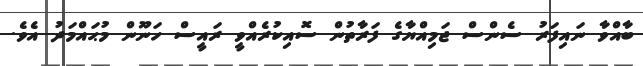
ބާއްވާ ނައިފަރު ސެންސް ޖަމިއްޔާގެ ފަރާތުން ސޮއިކުރެއްވީ ރައީސް ހަނޫން މުޙައްމަދު އެވެ.